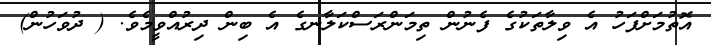
އޮތުމަށްފަހު އެ ވިލާތަކުގެ ފެނުން ތިމަންރަސްކަލާނގެ އެ ބިން ދިރުއްވީމެވެ. ( ދުވަހުން)